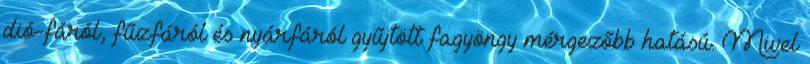
dió-fáról, fűzfáról és nyárfáról gyűjtött fagyöngy mérgezőbb hatású. Mivel